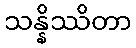
သန္နိဿိတာ